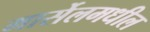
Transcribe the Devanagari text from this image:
मार्सेलमधील